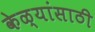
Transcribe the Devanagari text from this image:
केळ्यांसाठी